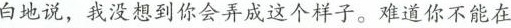
白地说，我没想到你会弄成这个样子。难道你不能在